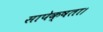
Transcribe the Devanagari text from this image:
सापेक्षता।